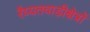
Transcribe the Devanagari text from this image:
रैय्यतवाड़ीक्षेत्रों